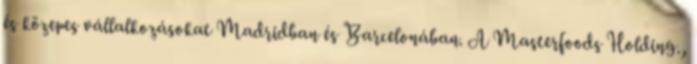
és közepes vállalkozásokat Madridban és Barcelonában. A Masterfoods Holding.,